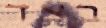
בצד